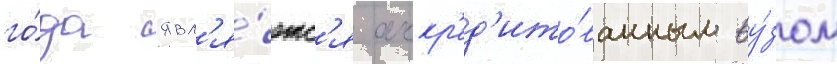
го́да явл'я́етс'я аккр'ед'ито́ванным ву́зом